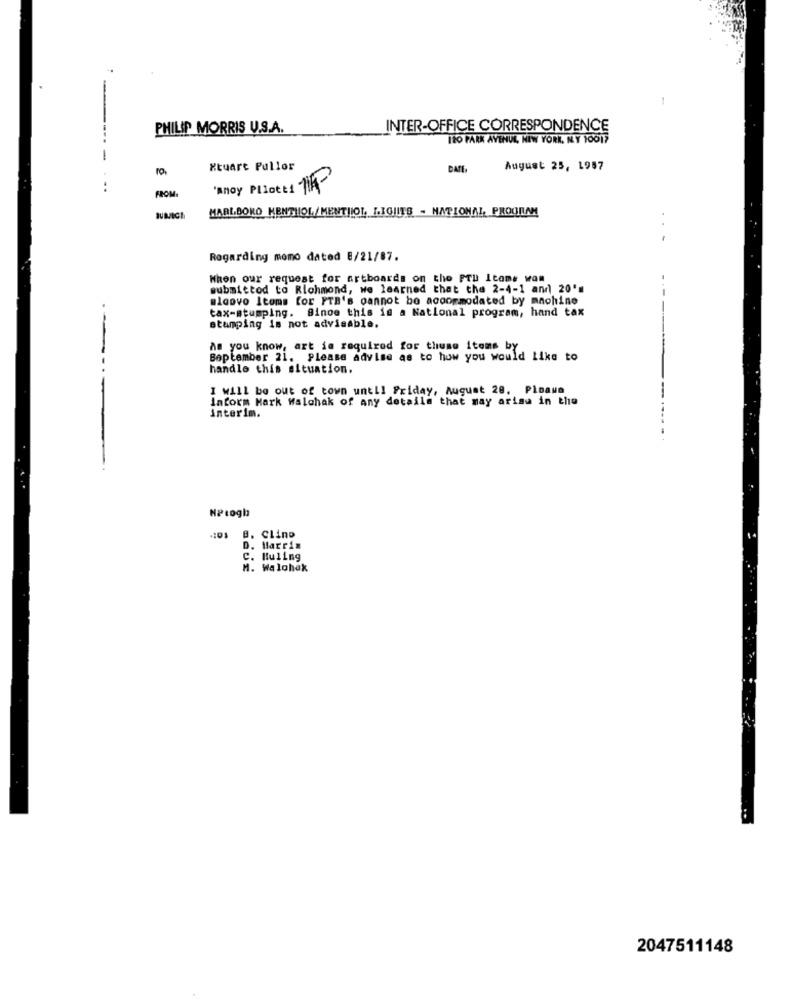
1
PHILIP MORRIS U.S.A.
INTER-OFFICE CORRESPONDENCE
120 PARK AVENUE NEW YORK, NY 10017
Xtuart Pullor
DATE
August 25, 1957
'anoy Pllotti Th-
FROM
MARLBORO KENTHOL/ MENTHOL, LIGIITS - NATIONAL, PROGRAM
Regarding momo dated 8/21/87.
When our request for artboards on the PTU Itoms won
submittod to Richmond, we learned that the 2-4-1 and 20's
mlaovo Itoms for FTB's cannot be accommodated by machine
tax-stumping. Sinoe this is a National program, hand tax
stamping is not advisable.
As you know, art is required for thuse items by
September 21. Please advise as to how you would Like to
handle this situation.
-----
I will be out of town until Friday, August 28, Ploama
Inform Mark Walchak of any details that may arise in the
interim.
NPtogb
-101
B. CLino
D. Marrin
C. Buling
M. Walohax
2047511148